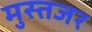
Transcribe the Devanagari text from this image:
मुस्तजर